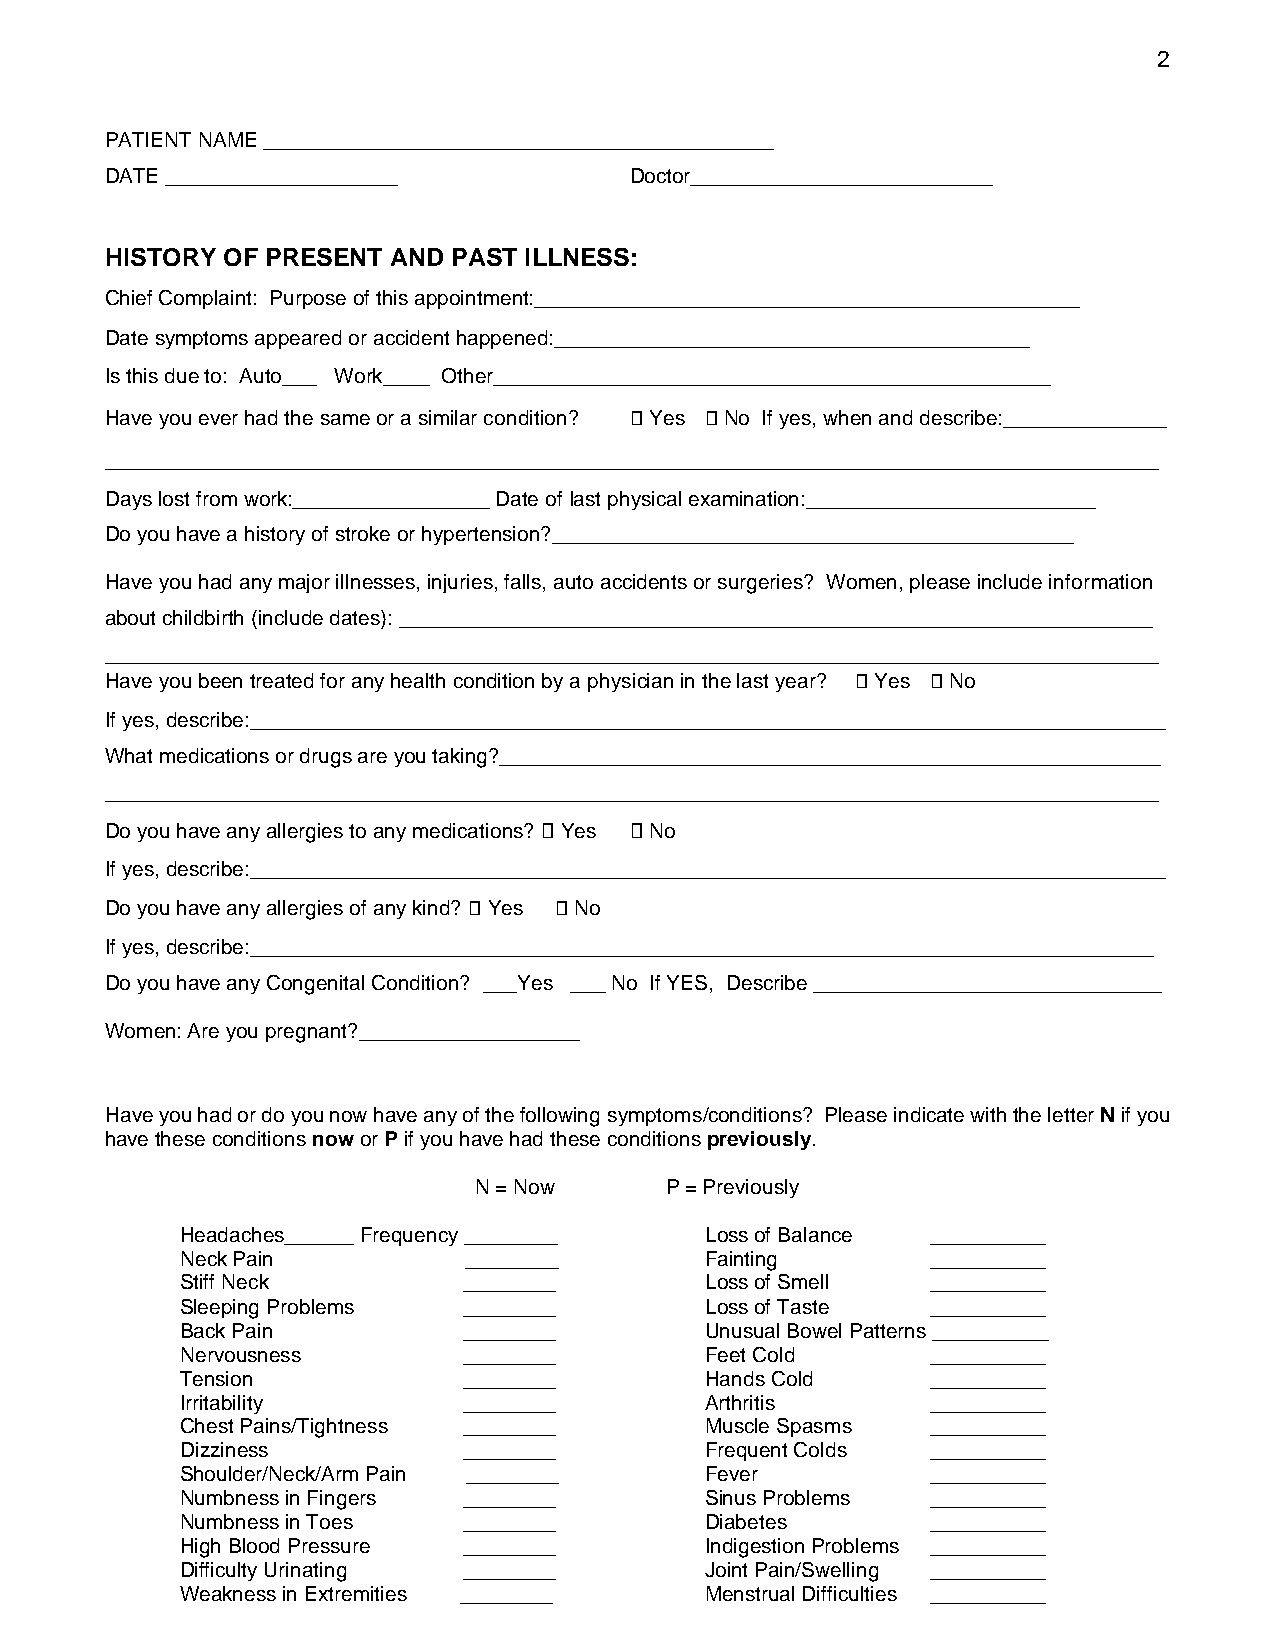
2
 PATIENT NAME ____________________________________________
 DATE ____________________          Doctor__________________________
 HISTORY OF PRESENT AND PAST ILLNESS:
 Chief Complaint: Purpose of this appointment:_______________________________________________
 Date symptoms appeared or accident happened:_________________________________________
 Is this due to: Auto___ Work____ Other________________________________________________
 Have you ever had the same or a similar condition? Yes No If yes, when and describe:______________
 ___________________________________________________________________________________________
 Days lost from work:_________________ Date of last physical examination:_________________________
 Do you have a history of stroke or hypertension?_____________________________________________
 Have you had any major illnesses, injuries, falls, auto accidents or surgeries? Women, please include information
 about childbirth (include dates): _________________________________________________________________
 ___________________________________________________________________________________________
 Have you been treated for any health condition by a physician in the last year? Yes No
 If yes, describe:_______________________________________________________________________________
 What medications or drugs are you taking?_________________________________________________________
 ___________________________________________________________________________________________
 Do you have any allergies to any medications? Yes No
 If yes, describe:_______________________________________________________________________________
 Do you have any allergies of any kind? Yes No
 If yes, describe:______________________________________________________________________________
 Do you have any Congenital Condition? ___Yes ___ No If YES, Describe ______________________________
 Women: Are you pregnant?___________________
 Have you had or do you now have any of the following symptoms/conditions? Please indicate with the letter N if you
 have these conditions now or P if you have had these conditions previously.
 N = Now      P = Previously
 Headaches______ Frequency ________ Loss of Balance __________
 Neck Pain          ________        Fainting       __________
 Stiff Neck         ________        Loss of Smell  __________
 Sleeping Problems  ________        Loss of Taste  __________
 Back Pain          ________        Unusual Bowel Patterns __________
 Nervousness        ________        Feet Cold      __________
 Tension            ________        Hands Cold     __________
 Irritability       ________        Arthritis      __________
 Chest Pains/Tightness ________     Muscle Spasms  __________
 Dizziness          ________        Frequent Colds __________
 Shoulder/Neck/Arm Pain ________    Fever          __________
 Numbness in Fingers ________       Sinus Problems __________
 Numbness in Toes   ________        Diabetes       __________
 High Blood Pressure ________       Indigestion Problems __________
 Difficulty Urinating ________      Joint Pain/Swelling __________
 Weakness in Extremities ________   Menstrual Difficulties __________